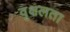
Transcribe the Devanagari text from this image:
वृक्षलता